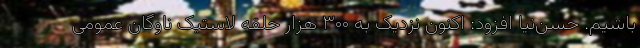
باشیم. حسن‌نیا افزود: اکنون نزدیک به ۳۰۰ هزار حلقه لاستیک ناوگان عمومی